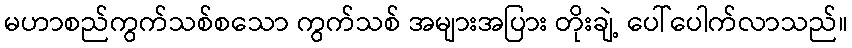
မဟာစည်ကွက်သစ်စသော ကွက်သစ် အများအပြား တိုးချဲ့ ပေါ်ပေါက်လာသည်။